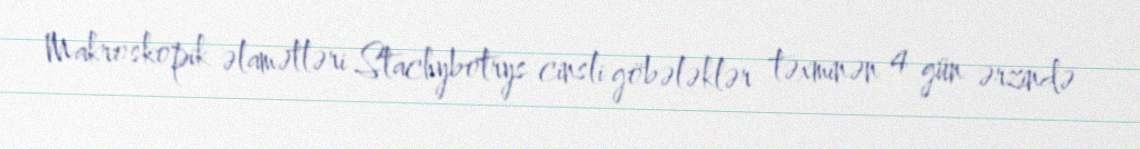
Makroskopik əlamətləri Stachybotrys cinsli göbələklər təxminən 4 gün ərzində